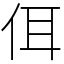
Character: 佴